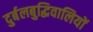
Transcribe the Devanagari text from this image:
दुर्बलबुद्धिवालियों